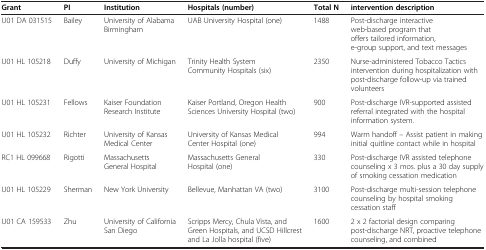
| Grant | PI | Institution | Hospitals (number) | Total N | intervention description |
 | --- | --- | --- | --- | --- | --- |
 | U01 DA 031515 | Bailey | University of Alabama Birmingham | UAB University Hospital (one) | 1488 | Post-discharge interactive web-based program that offers tailored information, e-group support, and text messages |
 | U01 HL 105218 | Duffy | University of Michigan | Trinity Health System Community Hospitals (six) | 2350 | Nurse-administered Tobacco Tactics intervention during hospitalization with post-discharge follow-up via trained volunteers |
 | U01 HL 105231 | Fellows | Kaiser Foundation Research Institute | Kaiser Portland, Oregon Health Sciences University Hospital (two) | 900 | Post-discharge IVR-supported assisted referral integrated with the hospital information system. |
 | U01 HL 105232 | Richter | University of Kansas Medical Center | University of Kansas Medical Center Hospital (one) | 994 | Warm handoff – Assist patient in making initial quitline contact while in hospital |
 | RC1 HL 099668 | Rigotti | Massachusetts General Hospital | Massachusetts General Hospital (one) | 330 | Post-discharge IVR assisted telephone counseling x 3 mos. plus a 30 day supply of smoking cessation medication |
 | U01 HL 105229 | Sherman | New York University | Bellevue, Manhattan VA (two) | 3100 | Post-discharge multi-session telephone counseling by hospital smoking cessation staff |
 | U01 CA 159533 | Zhu | University of California San Diego | Scripps Mercy, Chula Vista, and Green Hospitals, and UCSD Hillcrest and La Jolla hospital (five) | 1600 | 2 x 2 factorial design comparing post-discharge NRT, proactive telephone counseling, and combined |